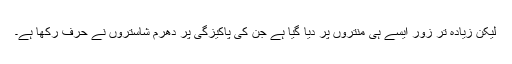
لیکن زیادہ تر زور ایسے ہی منتروں پر دیا گیا ہے جن کی پاکیزگی پر دھرم شاستروں نے حرف رکھا ہے۔